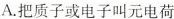
A.把质子或电子叫元电荷